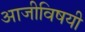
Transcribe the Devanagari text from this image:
आजीविषयी